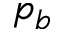
p _ { b }